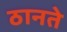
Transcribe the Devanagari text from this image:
ठानते